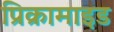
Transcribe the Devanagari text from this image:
प्रिक्रामाइड